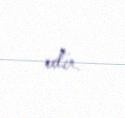
edir.